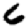
Digit: 6